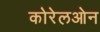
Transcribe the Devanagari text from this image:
कोरेलओन